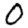
Digit: 0